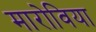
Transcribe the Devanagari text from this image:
मारोविया